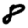
Digit: 8